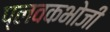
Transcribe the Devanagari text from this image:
प्लवकभोजी